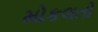
મોકલતો